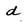
Character: d